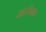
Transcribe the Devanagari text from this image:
आसेकर